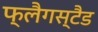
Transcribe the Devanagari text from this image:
फ्लैगस्टैड